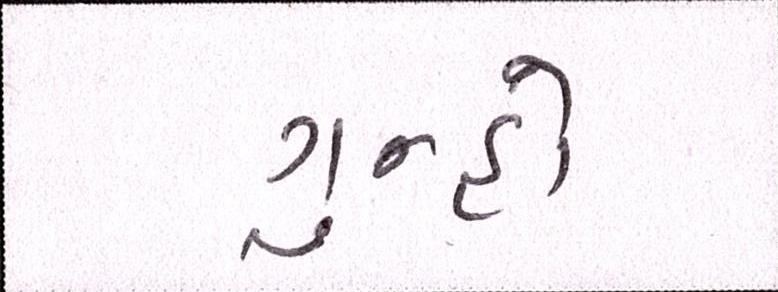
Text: ગુન્હો